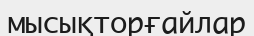
мысықторғайлар